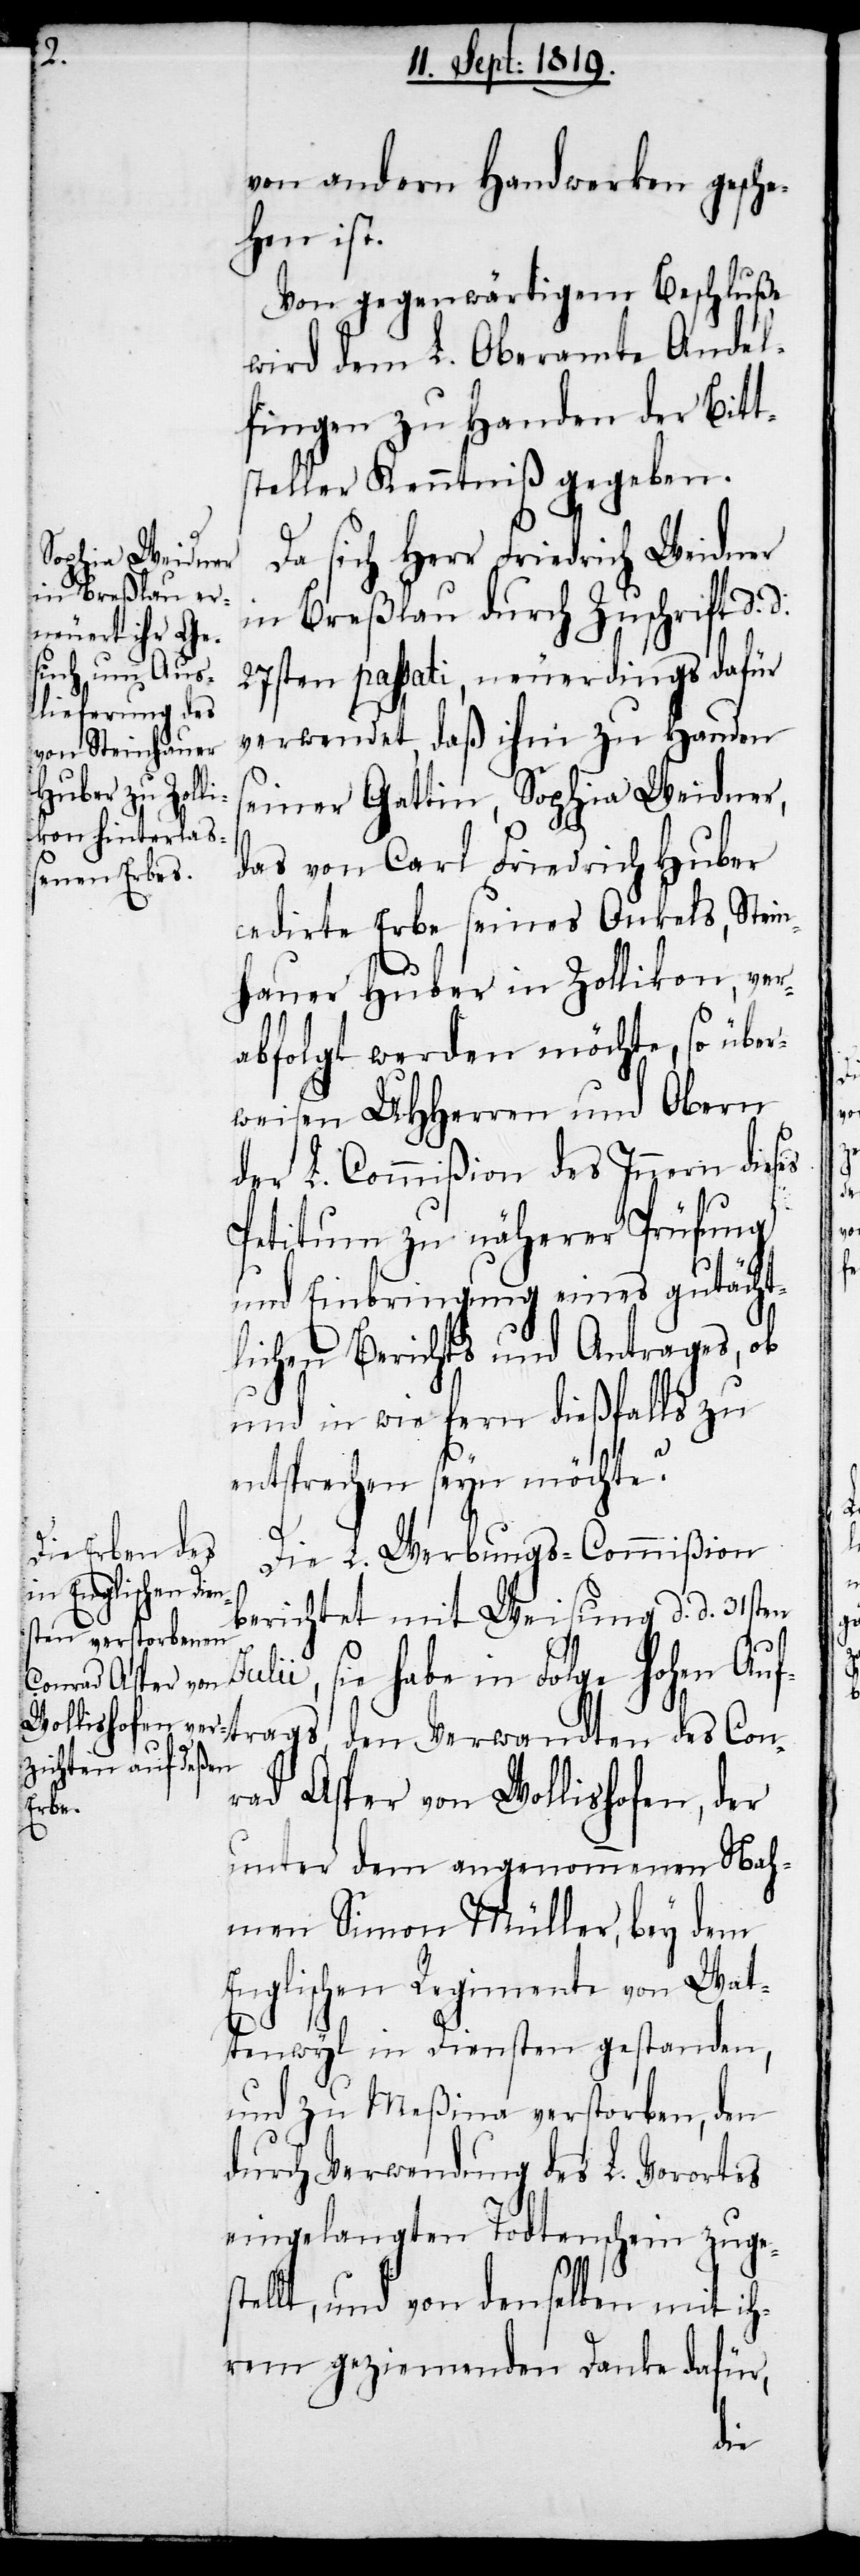
trags,

von andern Handwerken gesche¬
hen ist.
Von gegenwärtigem Beschluße
wird dem L. Oberamte Andel¬
fingen zu Handen der Bitt¬
steller Kenntniß gegeben.
Da sich Herr Friedrich Weidner
in Breßlau durch Zuschrift d. d.
27sten passati, neuerdings dafür
verwendet, daß ihm zu Handen
seiner Gattin, Sophia Weidner,
das von Carl Friedrich Huber
cedirte Erbe seines Onkels, Stein¬
hauer Huber in Zollikon, ver¬
abfolgt werden möchte, so über¬
weisen UHHerren und Obern
der L. Commißion des Innern dieses
Petitum zu näherer Prüfung
und Einbringung eines gutächt¬
lichen Berichts und Antrages, ob
und in wie fern dießfalls zu
entsprechen seyn möchte.
Die L. Werbungs-Commißion
berichtet mit Weisung d. d. 31sten
Julii, sie habe in Folge hohen Auf¬
rad Asper von Wollishofen, der
unter dem angenommenen Nah¬
men Simon Müller, bey dem
Englischen Regimente von Wat¬
tenwyl in Diensten gestanden,
und zu Meßina verstorben, den
durch Verwendung des L. Vorortes
eingelangten Todtenschein zuge¬
stellt, und von denselben mit ih¬
rem geziemenden Danke dafür,
des

Con¬